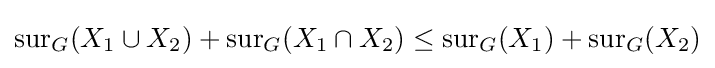
\operatorname {sur} _{G}(X_{1}\cup X_{2})+\operatorname {sur} _{G}(X_{1}\cap X_{2})\leq \operatorname {sur} _{G}(X_{1})+\operatorname {sur} _{G}(X_{2})